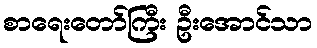
စာရေးတော်ကြီး ဦးအောင်သာ